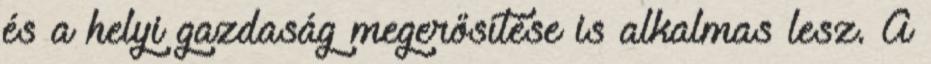
és a helyi gazdaság megerősítése is alkalmas lesz. A